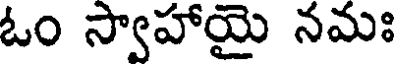
ఓం స్వాహాయై నమః